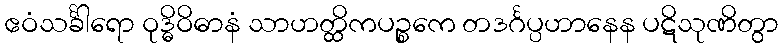
ဧဝံသင်္ခါရော ဝုဒ္ဓိဝိဓာနံ သာဟတ္ထိကပဉ္စကေ တဒင်္ဂပ္ပဟာနေန ပဋိသုဏိတွာ